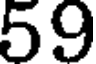
59